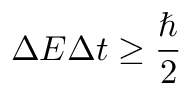
\Delta E \Delta t \geq { \frac { \hbar } { 2 } }